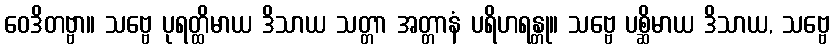
ဝေဒိတဗ္ဗာ။ သဗ္ဗေ ပုရတ္ထိမာယ ဒိသာယ သတ္တာ အတ္တာနံ ပရိဟရန္တု။ သဗ္ဗေ ပစ္ဆိမာယ ဒိသာယ, သဗ္ဗေ